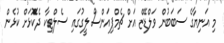
މި އަނިޔާގެ ސަބަބުން ވަލްޑޭޒް އަށް ޗެމްޕިއަންސް ލީގުގައި ސެލްޓިކާ ދެކޮޅަށް ކުޅެން